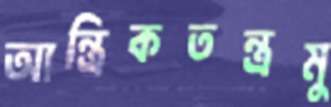
আন্ত্রিকতন্ত্রমু